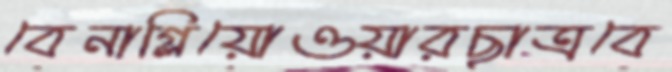
বেনাগ্লিয়োওয়ারছাত্রবে